Civil Veterinary Dept. Bombay admin report 1907-1913 - 1907-1913
Year: 1907
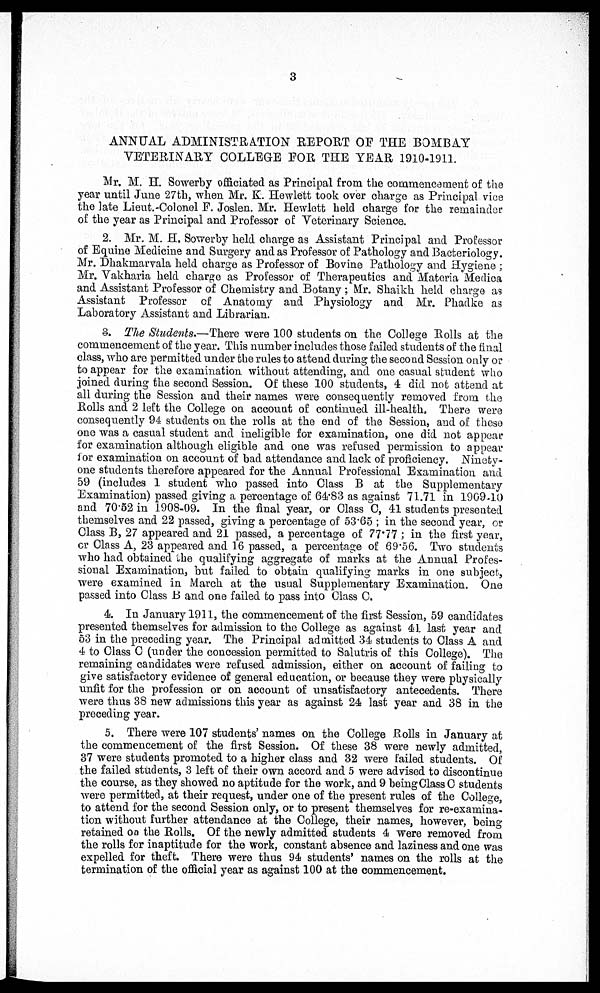
ANNUAL ADMINISTRATION REPORT OF THE BOMBAY
VETERINARY COLLEGE FOR THE YEAR 1910-1911.
Mr. M. H. Sowerby officiated as Principal from the commencement of the
year until June 27th, when Mr. K. Hewlett took over charge as Principal vice
the late Lieut.-Colonel F. Joslen. Mr. Hewlett held charge for the remainder
of the year as Principal and Professor of Veterinary Science.
2. Mr. M. H. Sowerby held charge as Assistant Principal and Professor
of Equine Medicine and Surgery and as Professor of Pathology and Bacteriology.
Mr. Dhakmarvala held charge as Professor of Bovine Pathology and Hygiene ;
Mr. Vakharia held charge as Professor of Therapeutics and Materia Medica
and Assistant Professor of Chemistry and Botany ; Mr. Shaikh held charge as
Assistant Professor of Anatomy and Physiology and Mr. Phadke as
Laboratory Assistant and Librarian.
3. The Students.—There were 100 students on the College Rolls at the
commencement of the year. This number includes those failed students of the final
class, who are permitted under the rules to attend during the second Session only or
to appear for the examination without attending, and one casual student who
joined during the second Session. Of these 100 students, 4 did not attend at
all during the Session and their names were consequently removed from the
Rolls and 2 left the College on account of continued ill-health. There were
consequently 94 students on the rolls at the end of the Session, and of these
one was a casual student and ineligible for examination, one did not appear
for examination although eligible and one was refused permission to appear
for examination on account of bad attendance and lack of proficiency. Ninety-
one students therefore appeared for the Annual Professional Examination and
59 (includes 1 student who passed into Class B at the Supplementary
Examination) passed giving a percentage of 64.83 as against 71.71 in 1909-10
and 70.52 in 1908-09. In the final year, or Class C, 41 students presented
themselves and 22 passed, giving a percentage of 53.65 ; in the second year, or
Class B, 27 appeared and 21 passed, a percentage of 77.77 ; in the first year,
or Class A, 23 appeared and 16 passed, a percentage of 69.56. Two students
who had obtained the qualifying aggregate of marks at the Annual Profes-
sional Examination, but failed to obtain qualifying marks in one subject,
were examined in March at the usual Supplementary Examination. One
passed into Class B and one failed to pass into Class C.
4. In January 1911, the commencement of the first Session, 59 candidates
presented themselves for admission to the College as against 41. last year and
53 in the preceding year. The Principal admitted 34 students to Class A and
4 to Class C (under the concession permitted to Salutris of this College). The
remaining candidates were refused admission, either on account of failing to
give satisfactory evidence of general education, or because they were physically
unfit for the profession or on account of unsatisfactory antecedents. There
were thus 38 new admissions this year as against 24 last year and 38 in the
preceding year.
5. There were 107 students' names on the College Rolls in January at
the commencement of the first Session. Of these 38 were newly admitted,
37 were students promoted to a higher class and 32 were failed students. Of
the failed students, 3 left of their own accord and 5 were advised to discontinue
the course, as they showed no aptitude for the work, and 9 being Class C students
were permitted, at their request, under one of the present rules of the College,
to attend for the second Session only, or to present themselves for re-examina-
tion without further attendance at the College, their names, however, being
retained on the Rolls. Of the newly admitted students 4 were removed from
the rolls for inaptitude for the work, constant absence and laziness and one was
expelled for theft. There were thus 94 students' names on the rolls at the
termination of the official year as against 100 at the commencement.